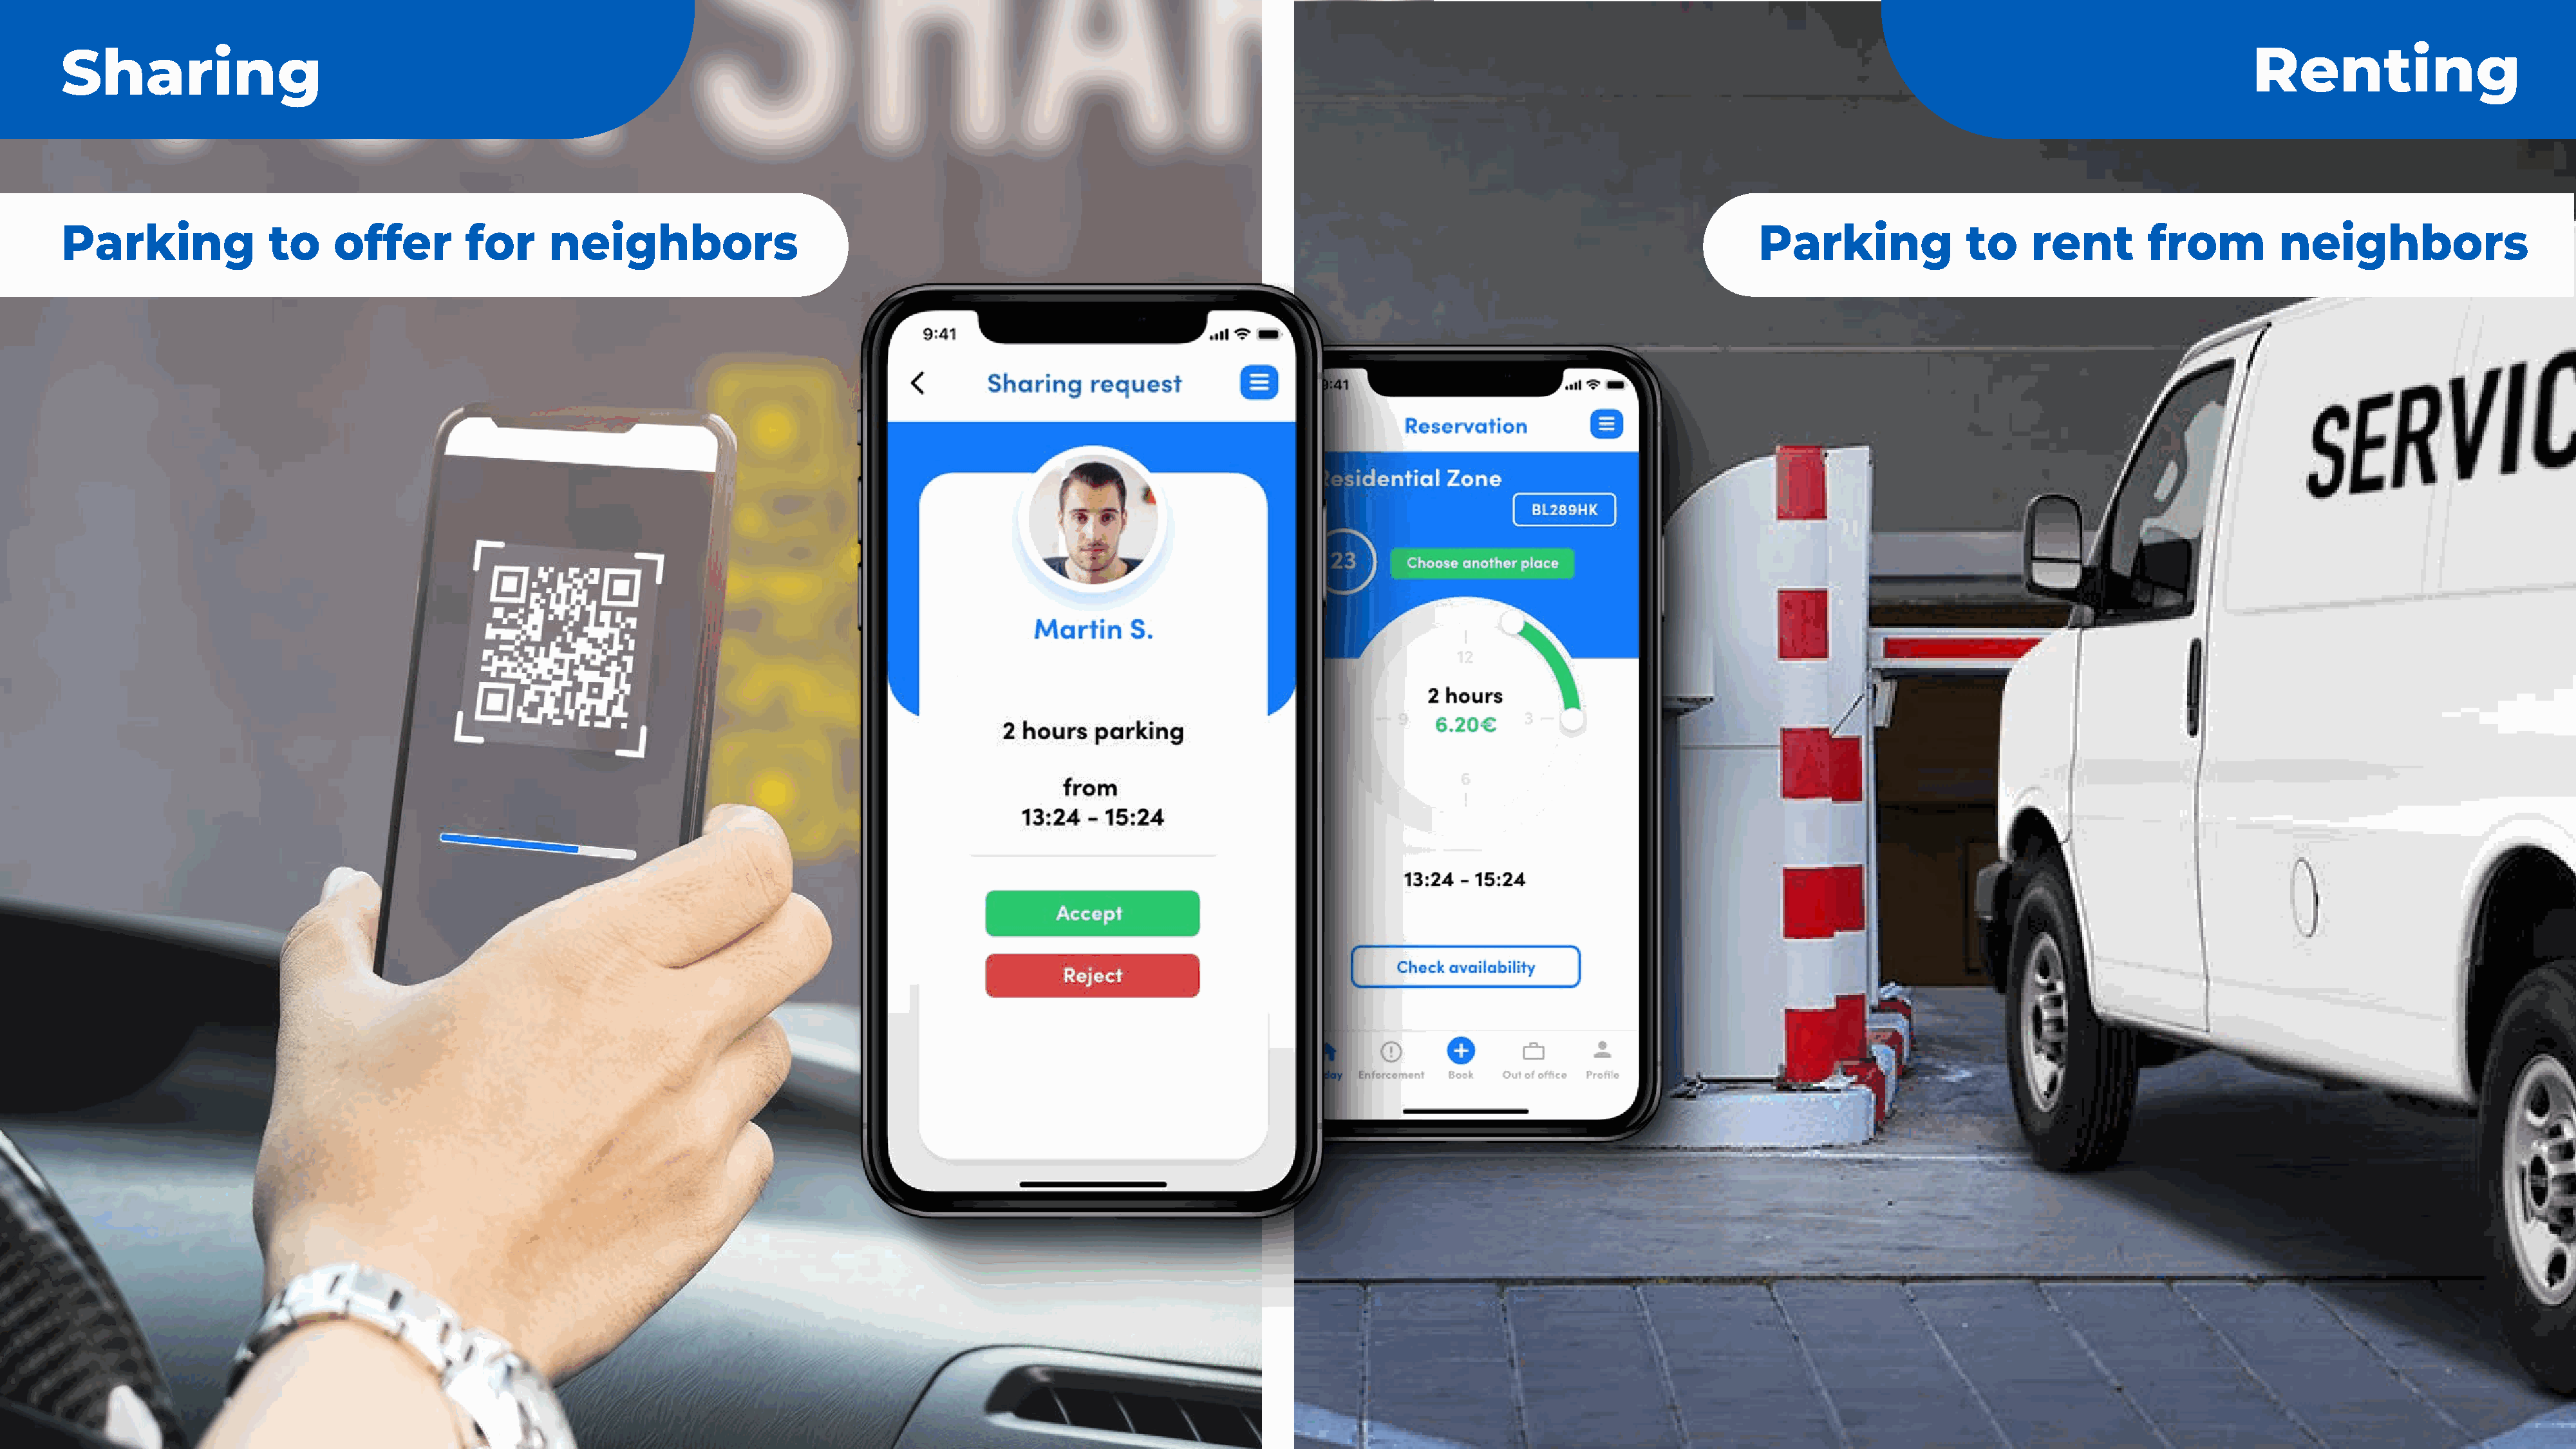
Sharing                                                                                                                                                                                                                           Renting
 Parking               to    offer         for     neighbors                                                                                                                    Parking              to     rent        from         neighbors